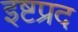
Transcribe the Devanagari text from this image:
इष्टप्रद